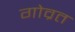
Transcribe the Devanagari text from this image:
गोव्रत